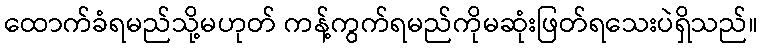
ထောက်ခံရမည်သို့မဟုတ် ကန့်ကွက်ရမည်ကိုမဆုံးဖြတ်ရသေးပဲရှိသည်။